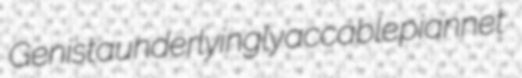
Genista underlyingly accable piannet